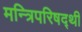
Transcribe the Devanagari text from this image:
मन्त्रिपरिषद्‍थी